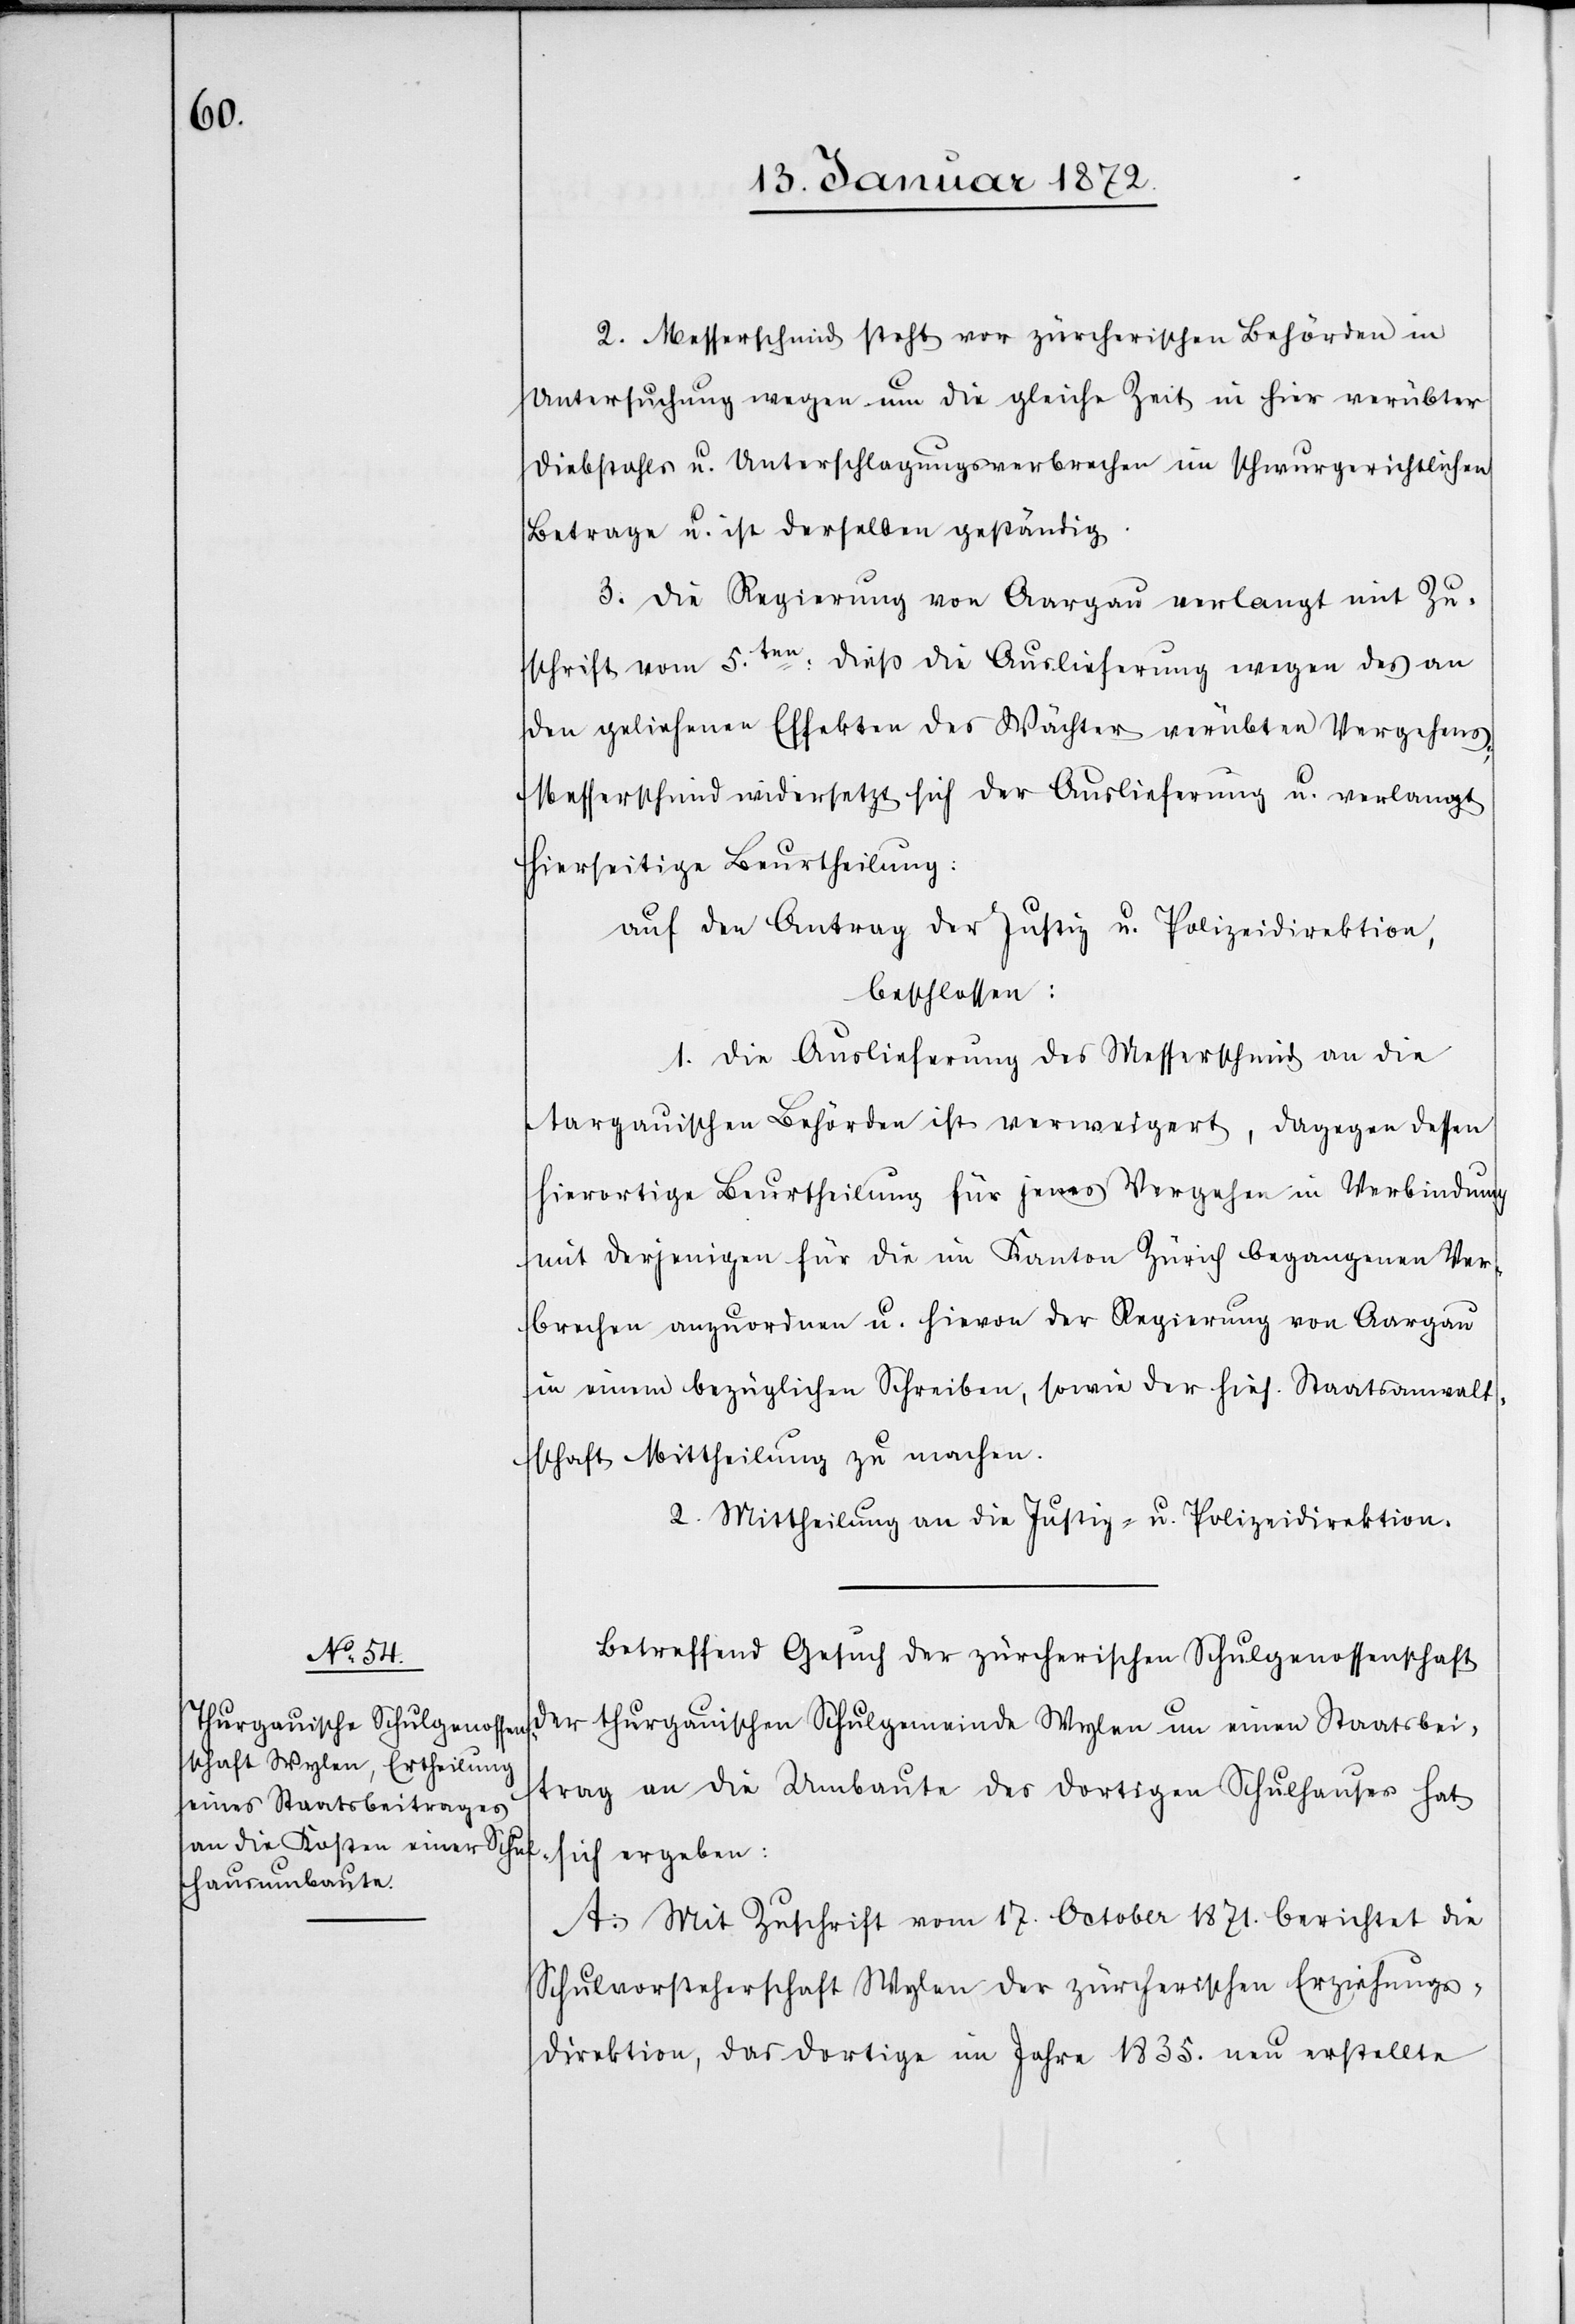
2. Messerschmid steht vor zürcherischen Behörden in
Untersuchung wegen um die gleiche Zeit in hier verübter
Diebstahls [sic!] u. Unterschlagungsverbrechen im schwurgerichtlichen
Betrage u. ist derselben geständig.
3. Die Regierung von Aargau verlangt mit Zu¬
schrift vom 5.ten dieß die Auslieferung wegen des an
den geliehenen Effekten des Wächter verübten Vergehens;
Messerschmid widersetzt sich der Auslieferung u. verlangt
hierseitige Beurtheilung:
auf den Antrag der Justiz u. Polizeidirektion,
beschlossen:
1. Die Auslieferung des Messerschmid an die
Aargauischen Behörden ist verweigert, dagegen dessen
hierortige Beurtheilung für jenes Vergehen in Verbindung
mit derjenigen für die im Kanton Zürich begangenen Ver¬
brechen anzuordnen u. hievon der Regierung von Aargau
in einem bezüglichen Schreiben, sowie der hies. Staatsanwalt¬
schaft Mittheilung zu machen.
2. Mittheilung an die Justiz- u. Polizeidirektion.
Betreffend Gesuch der zürcherischen Schulgenossenschaft
der thurgauischen Schulgemeinde Wylen um einen Staatsbei¬
trag an die Umbaute des dortigen Schulhauses hat
sich ergeben:
A. Mit Zuschrift vom 17. October 1871. berichtet die
Schulvorsteherschaft Wylen der zürcherischen Erziehungs¬
direktion, das dortige im Jahre 1835. neu erstellte